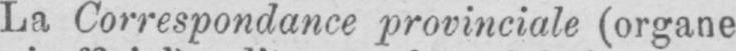
La Correspondance provinciale (organe